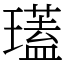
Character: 瓂